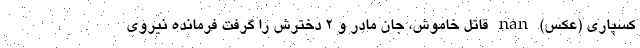
کسپاری (عکس) nan قاتل خاموش، جان مادر و 2 دخترش را گرفت فرمانده نیروی